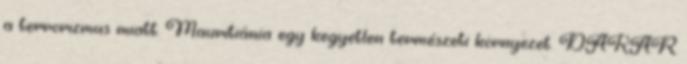
a terrorizmus miatt. Mauritiánia egy kegyetlen természeti környezet. DAKAR